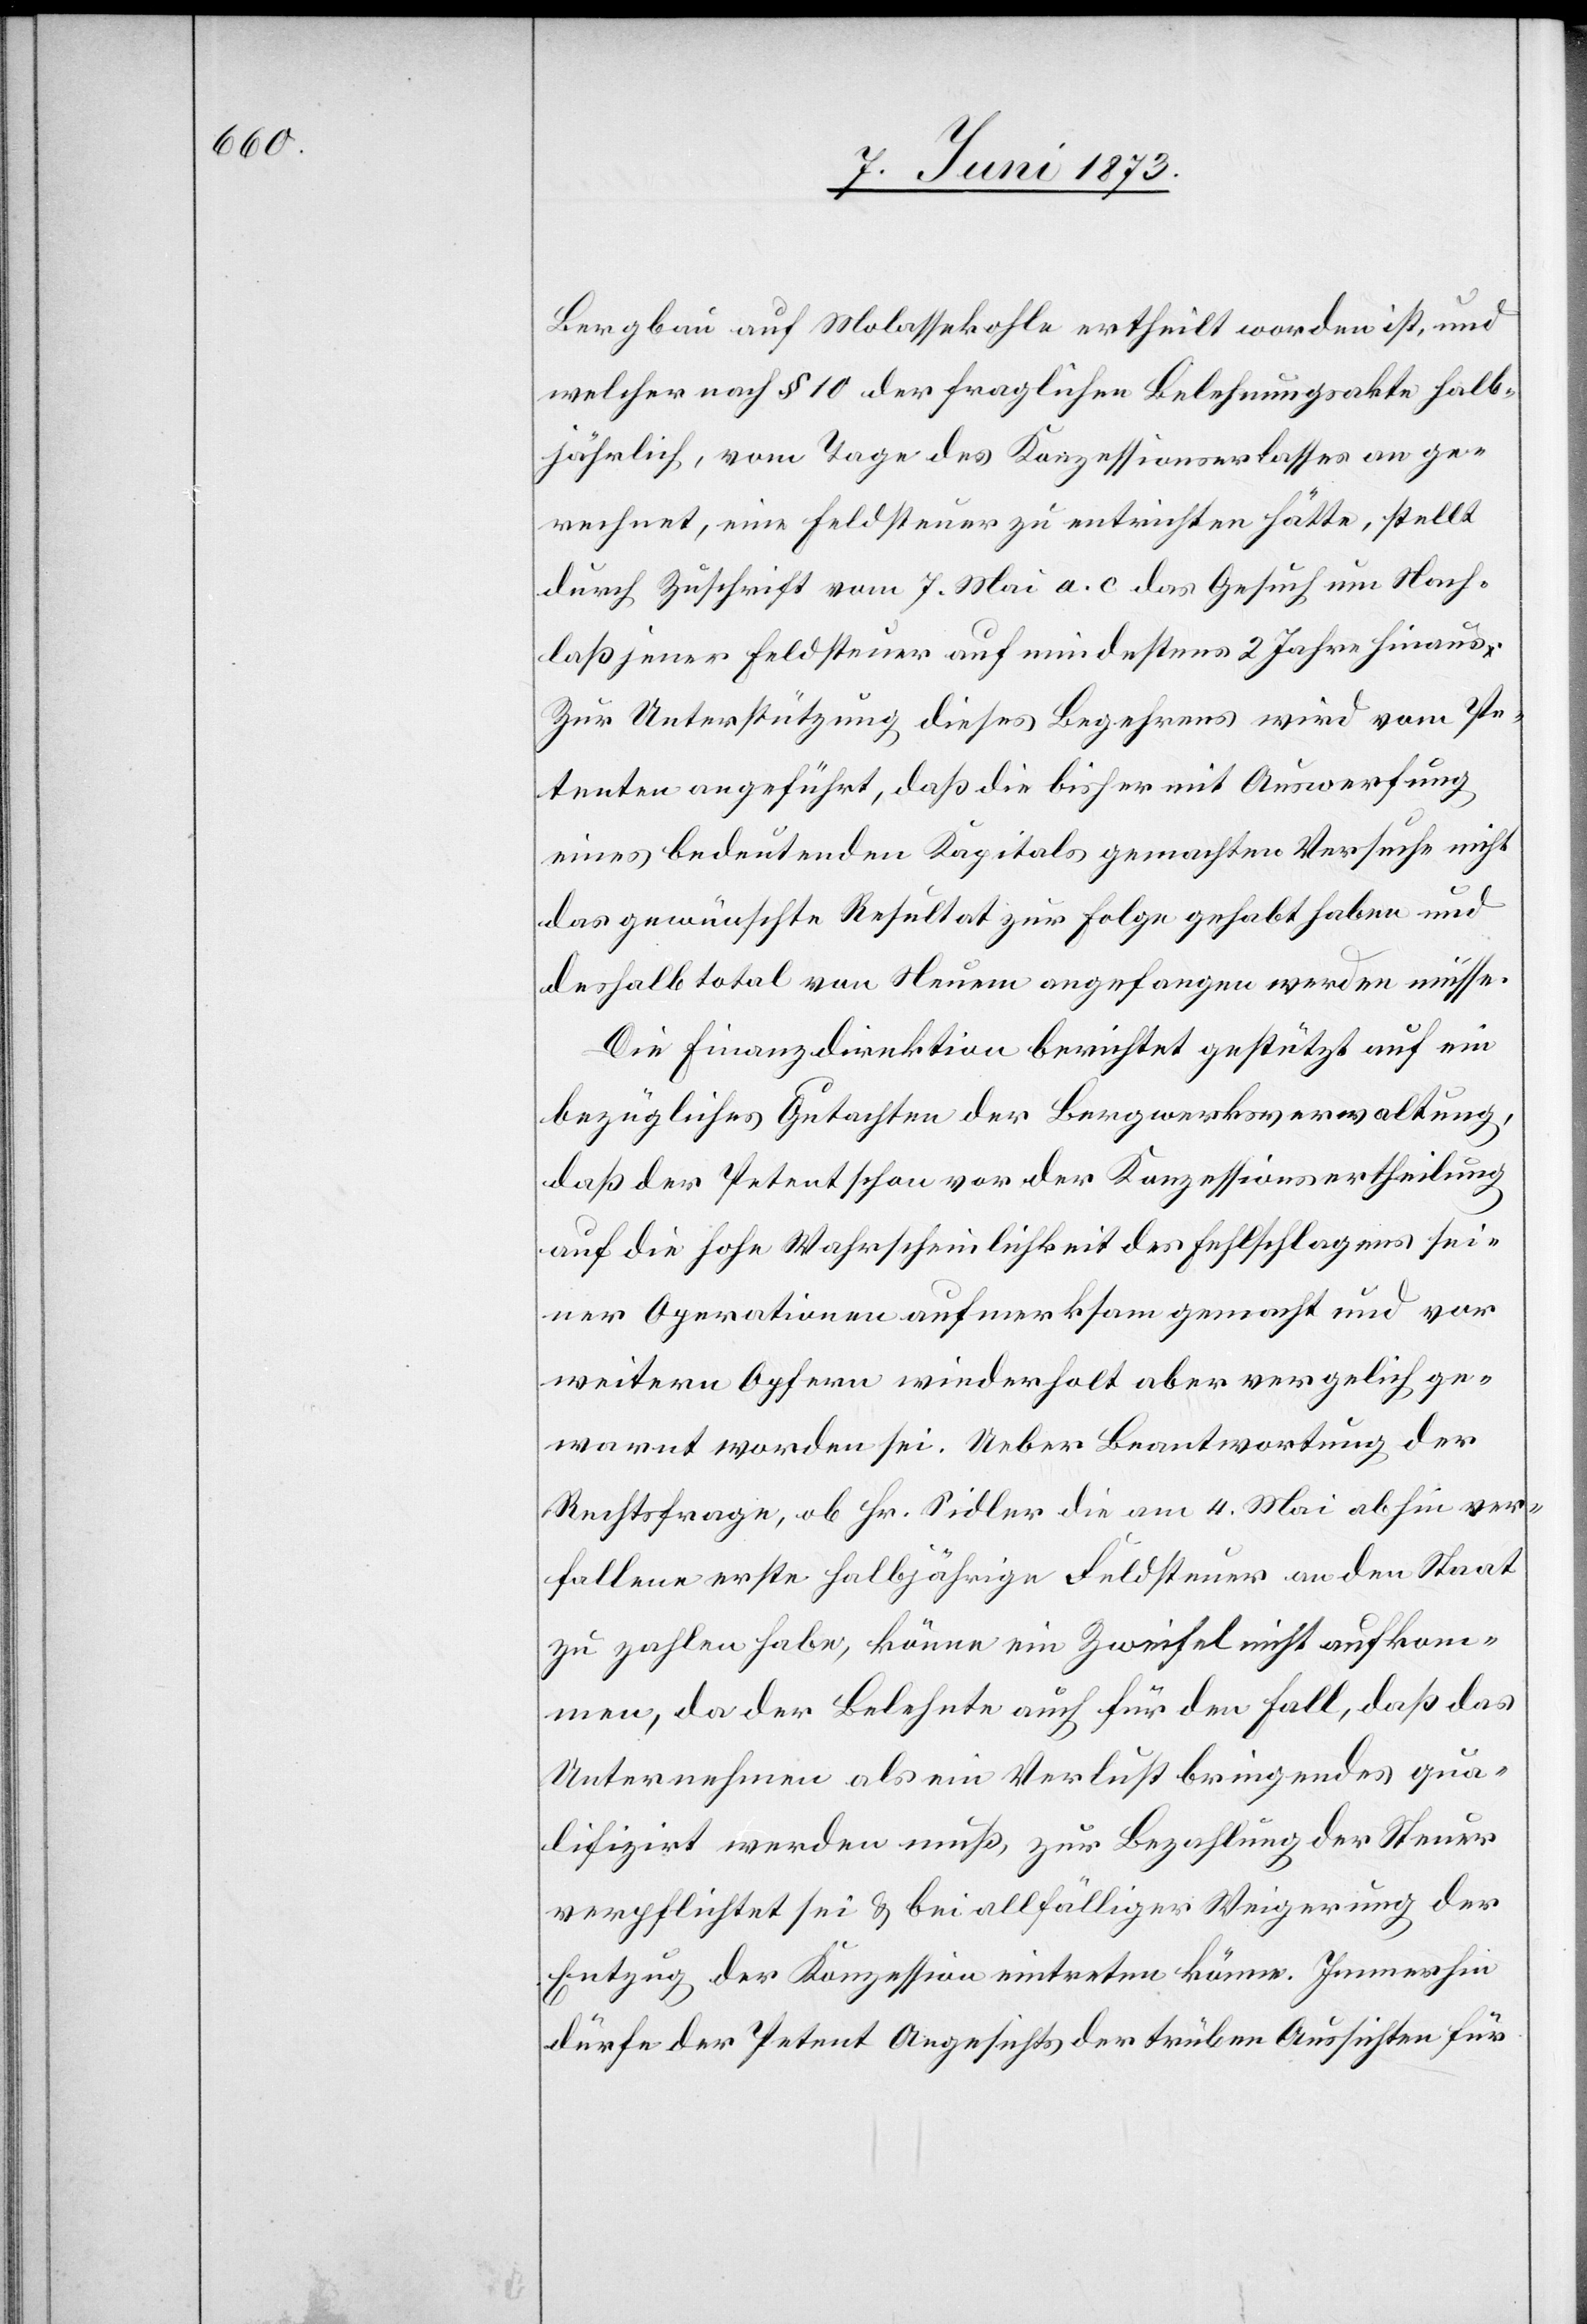
Bergbau auf Molassekohle ertheilt worden ist, und
welcher nach § 10 der fraglichen Belehnungsakte halb¬
jährlich, vom Tage des Konzessionserlasses an ge¬
rechnet, eine Feldsteuer zu entrichten hätte, stellt
durch Zuschrift vom 7. Mai a. c. das Gesuch um Nach¬
laß jener Feldsteuer auf mindestens 2 Jahre hinaus.
Zur Unterstützung dieses Begehrens wird vom Pe¬
tenten angeführt, daß die bisher mit Auswerfung
eines bedeutenden Kapitals gemachten Versuche nicht
das gewünschte Resultat zur Folge gehabt haben und
deshalb total von Neuem angefangen werden müsse.
Die Finanzdirektion berichtet gestützt auf ein
bezügliches Gutachten der Bergwerksverwaltung,
daß der Petent schon vor der Konzessionsertheilung
auf die hohe Wahrscheinlichkeit des Fehlschlagens sei¬
ner Operationen aufmerksam gemacht und vor
weitern Opfern wiederholt aber verge[b]lich ge¬
warnt worden sei. Ueber Beantwortung der
Rechtsfrage, ob Hr. Sidler die am 4. Mai abhin ver¬
fallene erste halbjährige Feldsteuer an den Staat
zu zahlen habe, könne ein Zweifel nicht aufkom¬
men, da der Belehnte auch für den Fall, daß das
Unternehmen als ein Verlustbringendes qua¬
lifizirt werden muß, zur Bezahlung der Steuer
verpflichtet sei & bei allfälliger Weigerung der
Entzug der Konzession eintreten könne. Immerhin
dürfe der Petent Angesichts der trüben Aussichten für